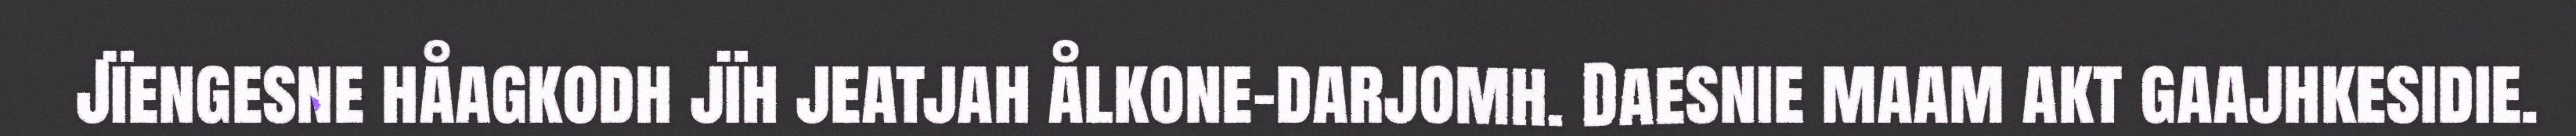
Jïengesne håagkodh jïh jeatjah ålkone-darjomh. Daesnie maam akt gaajhkesidie.